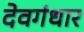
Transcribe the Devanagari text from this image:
देवगंधार